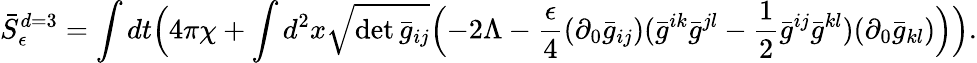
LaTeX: \bar{S}_{\epsilon}^{d=3}=\int dt\Bigl(4\pi\chi+\int d^{2}x\sqrt{\operatorname*{det}\bar{g}_{ij}}\Bigl(-2\Lambda-\frac{\epsilon}{4}(\partial_{0}\bar{g}_{ij})(\bar{g}^{ik}\bar{g}^{jl}-\frac{1}{2}\bar{g}^{ij}\bar{g}^{kl})(\partial_{0}\bar{g}_{kl})\Bigr)\Bigr).